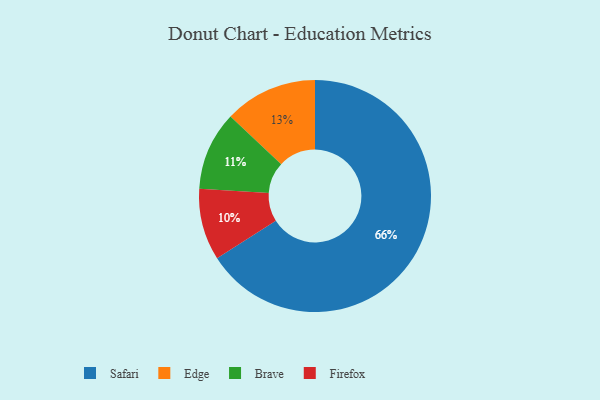
{"axis": {"x": "Category", "y": "Percentage"}, "legend": ["Brave", "Edge", "Firefox", "Safari"], "data": [{"x": "Firefox", "y": 10, "type": "Firefox"}, {"x": "Edge", "y": 13, "type": "Edge"}, {"x": "Brave", "y": 11, "type": "Brave"}, {"x": "Safari", "y": 66, "type": "Safari"}]}